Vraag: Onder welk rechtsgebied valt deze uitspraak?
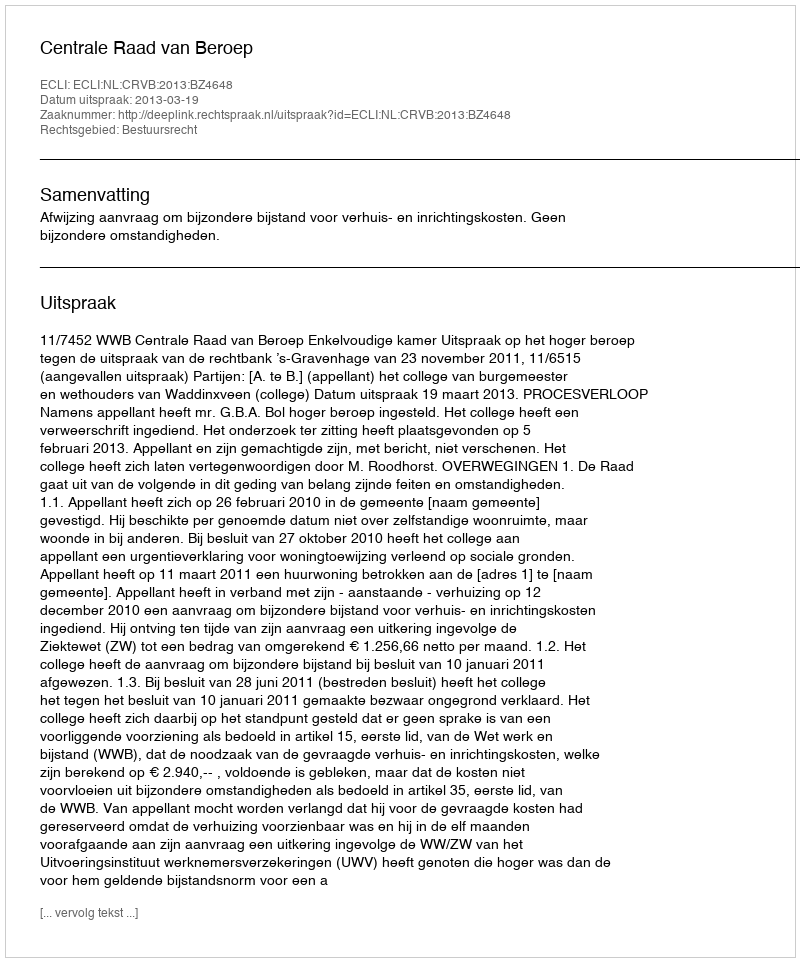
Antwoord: Bestuursrecht